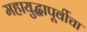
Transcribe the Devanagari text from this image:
महायुद्धापूर्वीचा